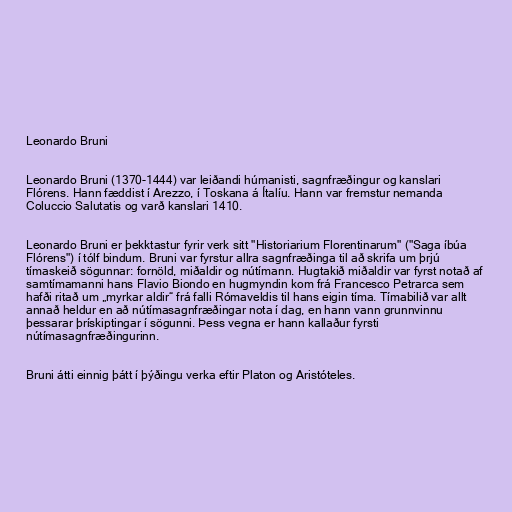
Leonardo Bruni

Leonardo Bruni (1370-1444) var leiðandi húmanisti, sagnfræðingur og kanslari
Flórens. Hann fæddist í Arezzo, í Toskana á Ítalíu. Hann var fremstur nemanda
Coluccio Salutatis og varð kanslari 1410.

Leonardo Bruni er þekktastur fyrir verk sitt "Historiarium Florentinarum" ("Saga íbúa
Flórens") í tólf bindum. Bruni var fyrstur allra sagnfræðinga til að skrifa um þrjú
tímaskeið sögunnar: fornöld, miðaldir og nútímann. Hugtakið miðaldir var fyrst notað af
samtímamanni hans Flavio Biondo en hugmyndin kom frá Francesco Petrarca sem
hafði ritað um „myrkar aldir“ frá falli Rómaveldis til hans eigin tíma. Tímabilið var allt
annað heldur en að nútímasagnfræðingar nota í dag, en hann vann grunnvinnu
þessarar þrískiptingar í sögunni. Þess vegna er hann kallaður fyrsti
nútímasagnfræðingurinn.

Bruni átti einnig þátt í þýðingu verka eftir Platon og Aristóteles.